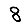
Digit: 8